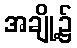
အချို့၌